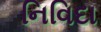
નિવિદા